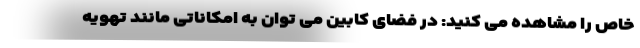
خاص را مشاهده می کنید: در فضای کابین می توان به امکاناتی مانند تهویه